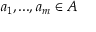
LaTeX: \textstyle { a _ { 1 } , . . . , a _ { m } } \in A